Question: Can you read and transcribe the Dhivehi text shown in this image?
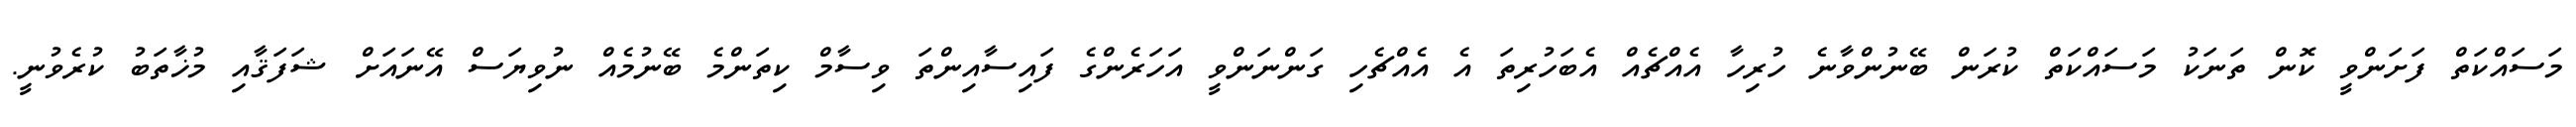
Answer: މަސައްކަތް ފަށަންވީ ކޮން ތަނަކު މަސައްކަތް ކުރަން ބޭނުންވާނެ ހުރިހާ އެއްޗެއް އެބަހުރިތަ އެ އެއްޗެހި ގަންނަންވީ އަހަރެންގެ ފައިސާއިންތަ ވިސާމް ކިތަންމެ ބޭނުމެއް ނުވިޔަސް އޭނައަށް ޝަފަޤާއި މުޚާތަބު ކުރެވުނީ.